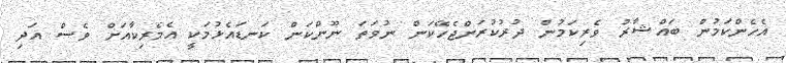
އެހެންކަމުން ބައްޝާރު ވެރިކަމުން ދުރުކުރަންޖެހޭކަން ނުވަތަ ނޫންކަން ކަނޑައެޅުމަކީ އެމެރިކާއަށް ވެސް އަދި